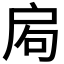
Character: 𢩁